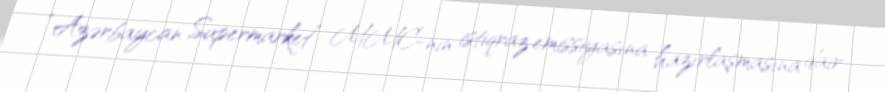
“Azərbaycan Supermarket” MMC-nin istiqraz emissiyasına hazırlaşmasına dair